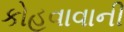
કોહવાવાની